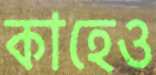
কাহেও